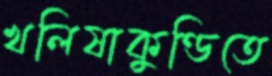
খলিষাকুণ্ডিতে